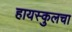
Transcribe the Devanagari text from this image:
हायस्कुलचा